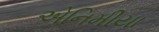
એનિમીયા